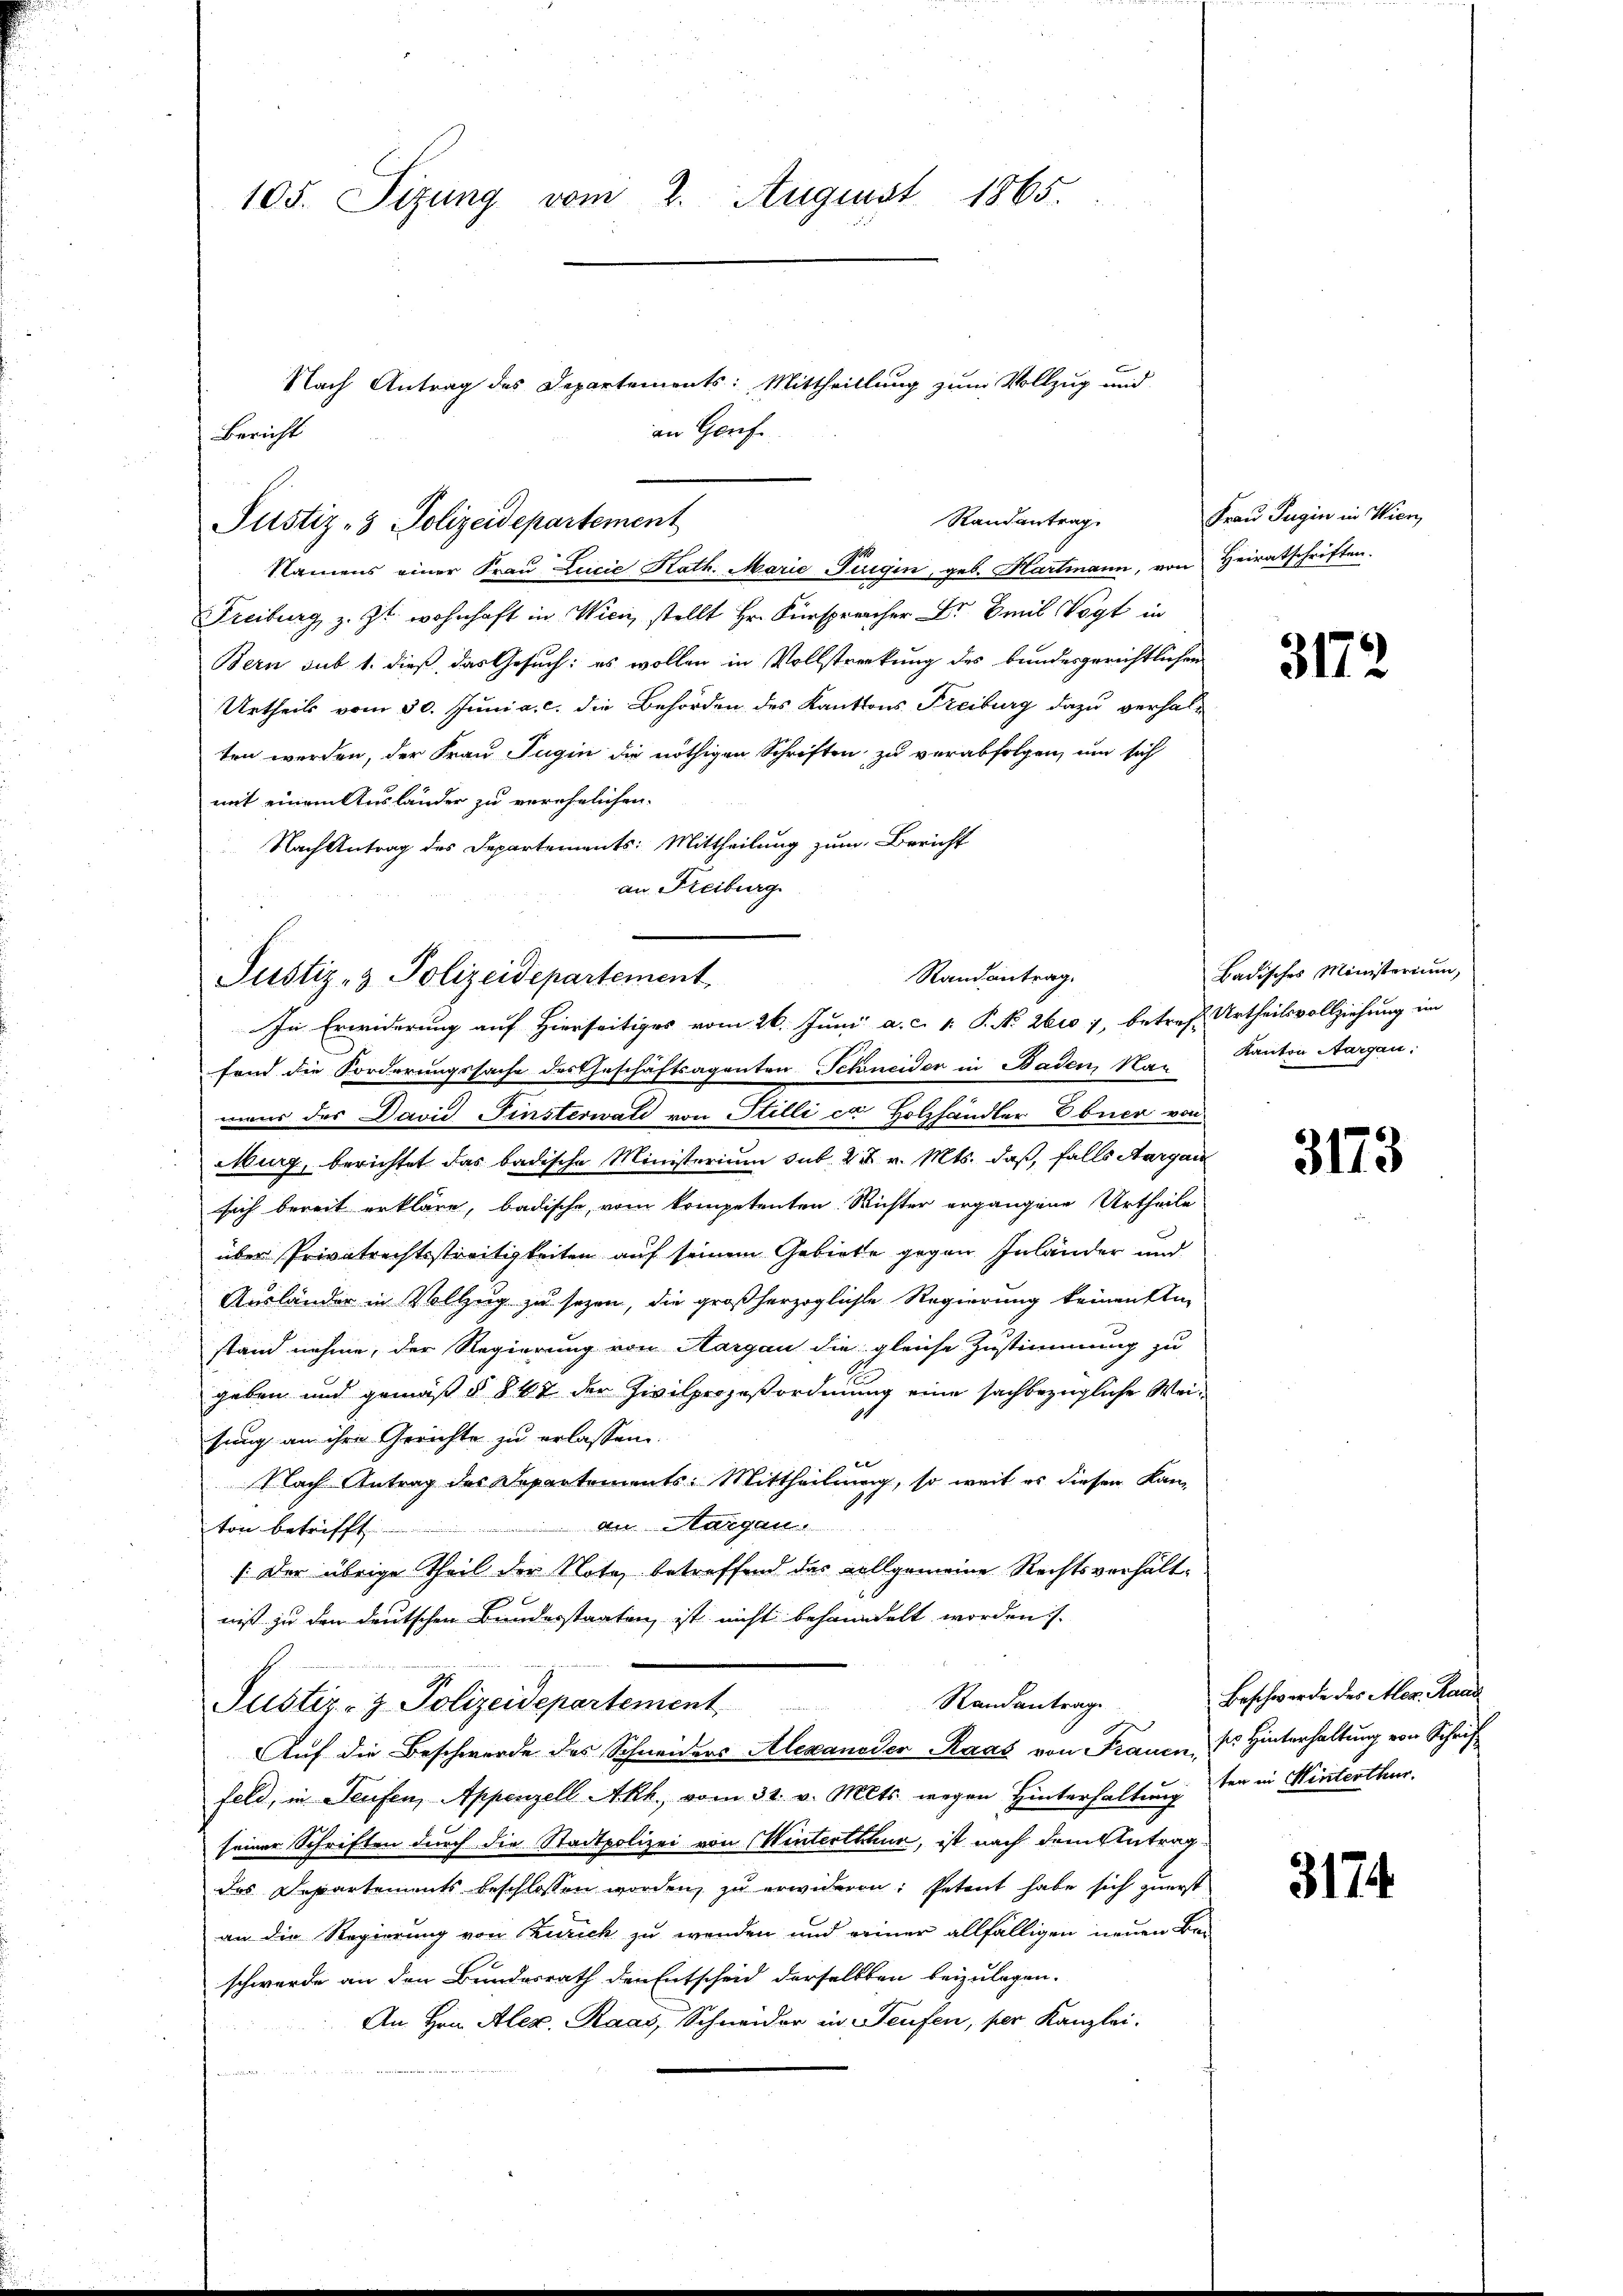
105. Sizung vom 2. August 1865.

Bericht
Randantrag
Justiz- & Polizeidepartement

Namens einer Fraŭ Lcicie Kath. Marie ungen, geb. Hartmann, von Heiratschriften.
Freiburg, z. Zt. wohnhaft in Wien, stellt Hr. Fürsprecher Dr Emil Vogt in
Bern sub 1. dieß das Gesuch: es wollen in Vollstreckung des bundesgerichtlichen
Urtheils vom 30. Juni a. c. die Behörden des Kantons Freiburg dazu verhalten werden, der Frau Jugin die nöthigen Schriften zu verabfolgen, um sich
mit einem Ausländer zu verehelichen.
Nach Antrag des Departements: Mittheilung zum Bericht
an Freiburg

Nach Antrag des Departements: Mittheillung zum Vollzug und
an Genf

Randantrag
Justiz- & Polizeidepartement
In Erwiderung auf Hierseitiges vom 26. Juni a. c. v. P. No 2610 7, betref Urtheilsvollziehung im

fend die Forderungssache des Geschäftsagenten Schneider in Baden, Nac
mans des David Finsterwald von Stilli ca. Holzhändler Ebner von
Mburg, berichtet das badische Ministerium sub. 2 t v. Mts. daß, falls Aargau
sich bereit erkläre, badische, vom kompetenten Wichter ergangene Urtheile
über Privatrechtsstreitigkeiten auf seinem Gebiete gegen Inländer und
Ausländer in Vollzug zu sezen, die großherzogliche Regierung keinen Un-
stand nehme, der Regierung von Aargau die gleiche Zustimmung zu
geben und gemäß § 847 der Zivilprozeßordnung eine sachbezügliche Weisung an ihre Gerichte zu erlassen.
e
Nach Antrag des Departements: Mittheilung, so weit es diesen Kanan Margau.
ton betrifft
(Der übrige Theil der Nota, betreffend das vollgemeine Rechtsverhältniß zu den deutschen Bundesstaaten, ist nicht behandelt worden s.
Standantrage
Justiz- & Polizeidepartement
ee alten |
Auf die Beschwerde des Schneiders Alexander Raas von Frauen, d. Hinterhaltung von Schrif
feld, in Teufen, Appenzell Akh., vom 31. v. Mts. wegen Hinterhaltung der in Winterthur.
seiner Schriften durch die Stadtpolizei von Winterthur, ist nach dem Antrag
das Departements beschlossen worden, zu erwideren: Petent habe sich zuerst
an die Regierung von Zürich zu wenden und reiner allfälligen neuen Be-
schwerde an den Bundesrath den Entscheid derselben beizulegen.
An Hrn. Alex. Raas, Schneider in Teufen, per Kanzlei.

Frau Sugin in Wien,

3172

Badisches Ministerium,
Kanton Aargau.

3173

Beschwerde des Alex. Hand

3174.